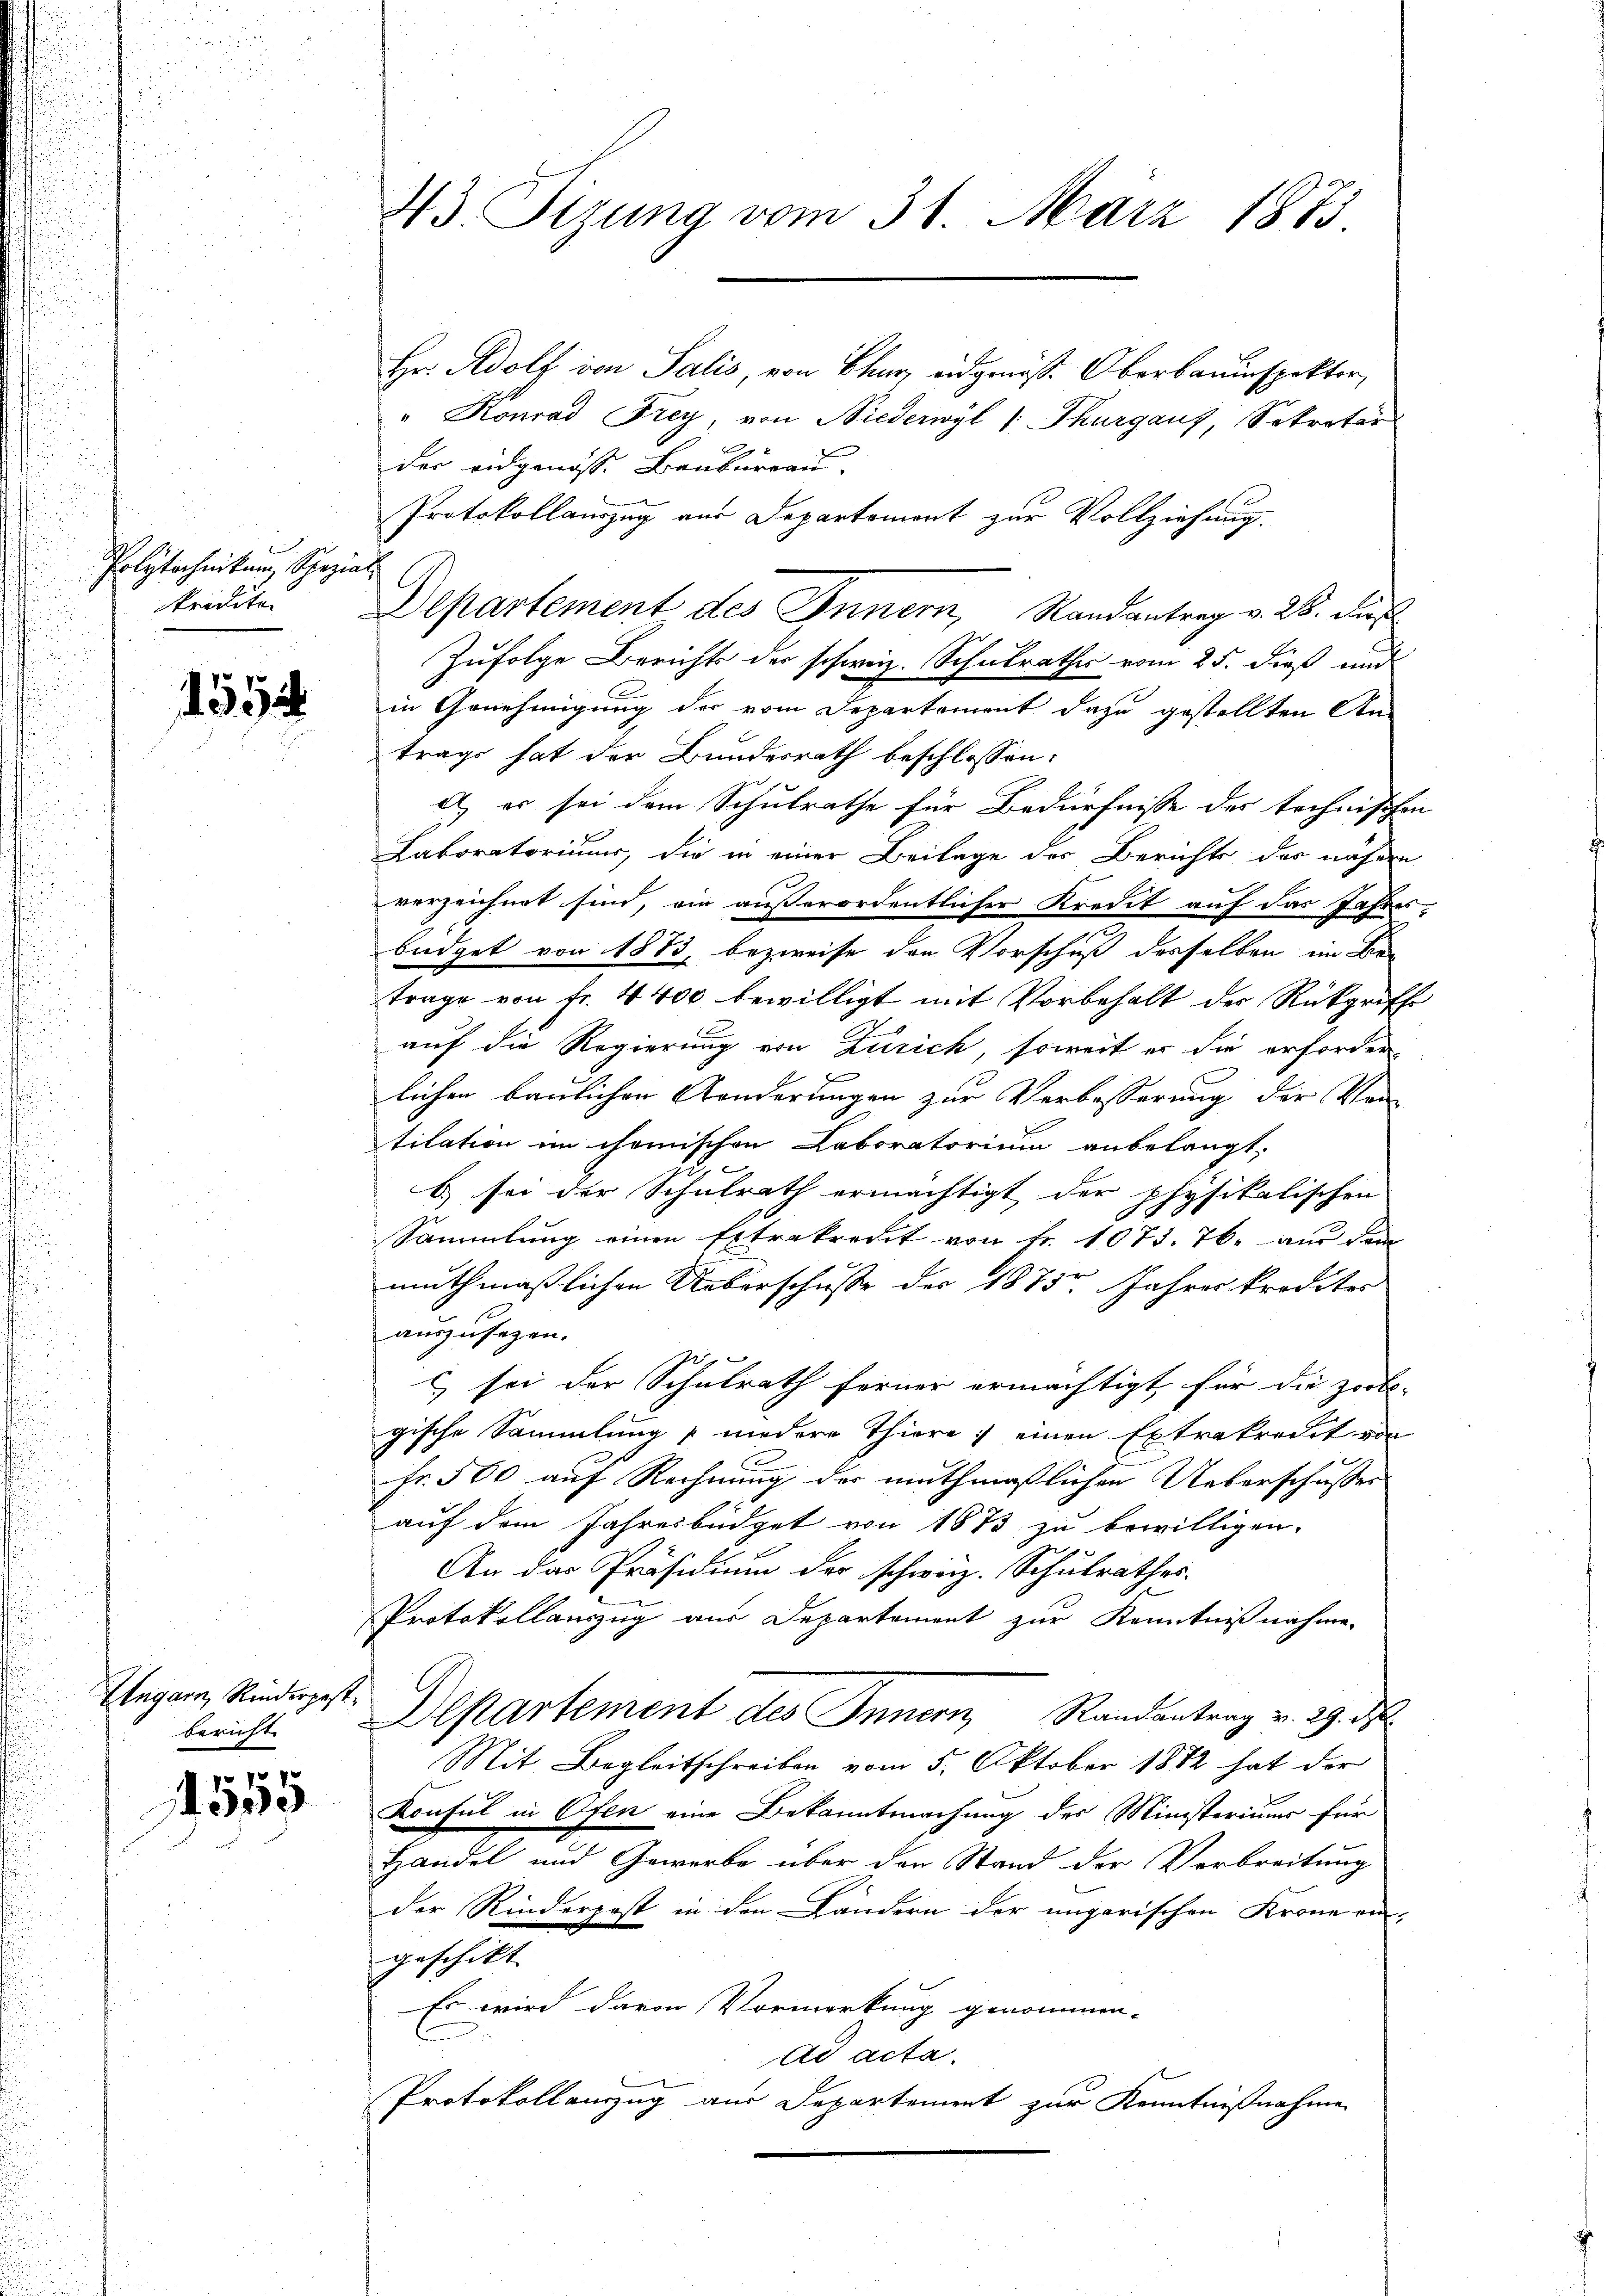
.
Polytechnikum Spezial

592

Ungarn, Rinderpest.
bericht

f 0 x
30

43. Sizung vom 31. März 1873.

Hr. Adolf von Salis, von Chur, eidgenöß. Oberbauinspektor,
" Konrad Frey, von Niederwyl (Thurgaus, Sekretär
der eidgenöss. Baubureau.
Protokollauszug aus Departemont zur Vollziehung
Zufolge Berichts der schweiz. Schulrathes vom 25. dieß und
in Genehmigung der vom Departement dazu gestellten Antrage hat der Bundesrath beschlossen:
) er sei dem Schulrathe für Bedürfnisse der technischen
Laboratorium, die in einer Beilage des Berichte des nähern
verzeichnet sind, ein außerordentlicher Kredit auf das Jahres-
büdget von 1873, bezweife den Vorschuß desselben im Betrage von fr. 4400 bewilligt mit Vorbehalt der Rückgriffe
auf die Regierung von Zürich, soweit er die erforder-
lichen baulichen Aenderungen zur Verbesserung der Ver-
tilation im chemischen Laboratorium anbelangt;
b) sei der Schulrath ermächtigt der physikalischen
Sammlung einen Extrakredit von Fr. 1073. 76. aus dem
muthmaßlichen Ueberschusse der 1875. Jahres krediter
auszusagen.

c) sei der Schulrath ferner ermächtigt, für die port-
gische Sammlung niedere Thiere: einen Extrakredit von
Fr. 500 auf Rechnung der muthmaßlichen Ueberschusser
auf dem Jahresbüdget von 1873 zu bewilligen.
An das Präsidium der schweiz. Schulrathes.
Protokollauszug aus Departement zur Kenntnißnahme.
Departement des Innern, Randantrag v. 29. d.
Mit Begleitschreiben vom 5. Oktober 1882 hat der
Konsul in Ofen eine Bekanntmachung des Ministeriums für
Handel und Gewerbe über den Stand der Verbreitung
der Rinderpost in den Ländern der ungerischen Krone an-
geschikt.
Es wird davon Vormerkung genommen.
ad acta.
Protokollauszug aus Departement zur Kenntnißnahme

kredite. Departement des Innern, Randantrag v. 26. dieß